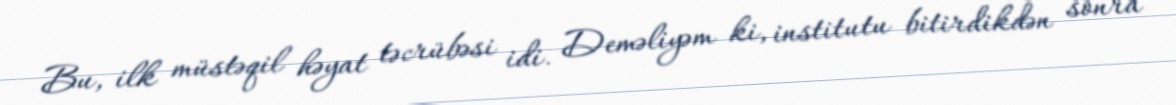
Bu, ilk müstəqil həyat təcrübəsi idi. Deməliyəm ki, institutu bitirdikdən sonra